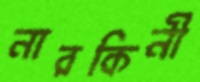
নারকিনী